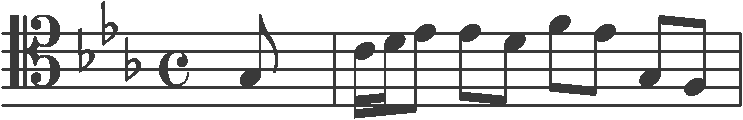
Transcription: clef-C4 keySignature-EbM timeSignature-C note-G3_eighth barline note-C4_sixteenth note-D4_sixteenth note-Eb4_eighth note-Eb4_eighth note-D4_eighth note-F4_eighth note-Eb4_eighth note-G3_eighth note-F3_eighth barline